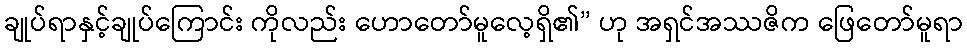
ချုပ်ရာနှင့်ချုပ်ကြောင်း ကိုလည်း ဟောတော်မူလေ့ရှိ၏” ဟု အရှင်အဿဇိက ဖြေတော်မူရာ